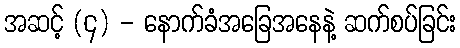
အဆင့် (၄) - နောက်ခံအခြေအနေနဲ့ ဆက်စပ်ခြင်း